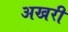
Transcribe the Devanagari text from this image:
अखरी